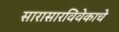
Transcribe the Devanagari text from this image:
सारासारविवेकाचे